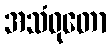
အသံဝုတော